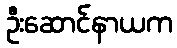
ဦးဆောင်နာယက